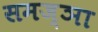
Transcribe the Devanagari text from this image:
समज्ञा